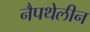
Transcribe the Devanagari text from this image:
नैपथेलीन